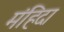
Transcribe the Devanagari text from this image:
मंहिदा